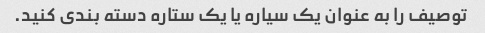
توصیف را به عنوان یک سیاره یا یک ستاره دسته بندی کنید.